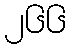
၂၆၆